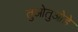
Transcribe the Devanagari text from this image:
तुओतुओहे